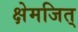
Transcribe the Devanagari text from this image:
क्षेमजित्